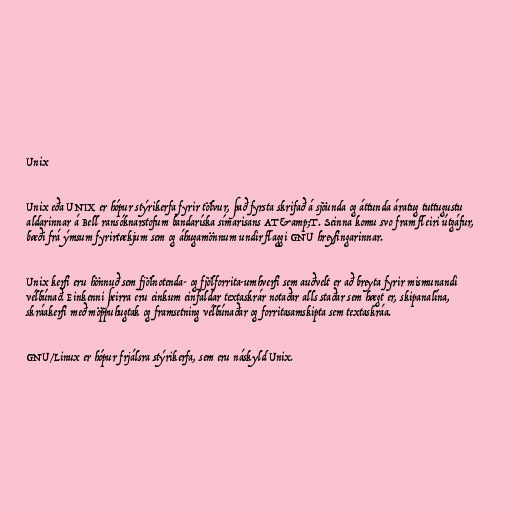
Unix

Unix eða UNIX er hópur stýrikerfa fyrir tölvur, það fyrsta skrifað á sjöunda og áttunda áratug tuttugustu
aldarinnar á Bell ransóknarstofum bandaríska símarisans AT&amp;T. Seinna komu svo fram fleiri útgáfur,
bæði frá ýmsum fyrirtækjum sem og áhugamönnum undir flaggi GNU hreyfingarinnar.

Unix kerfi eru hönnuð sem fjölnotenda- og fjölforrita-umhverfi sem auðvelt er að breyta fyrir mismunandi
vélbúnað. Einkenni þeirra eru einkum einfaldar textaskrár notaðar alls staðar sem hægt er, skipanalína,
skráakerfi með möppuhugtak og framsetning vélbúnaðar og forritasamskipta sem textaskráa.

GNU/Linux er hópur frjálsra stýrikerfa, sem eru náskyld Unix.